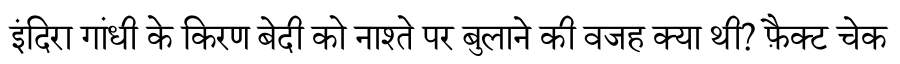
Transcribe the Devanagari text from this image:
इंदिरा गांधी के किरण बेदी को नाश्ते पर बुलाने की वजह क्या थी? फ़ैक्ट चेक